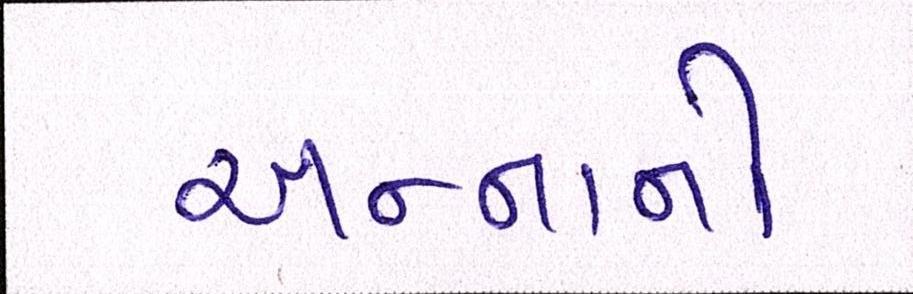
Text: અન્નાનો